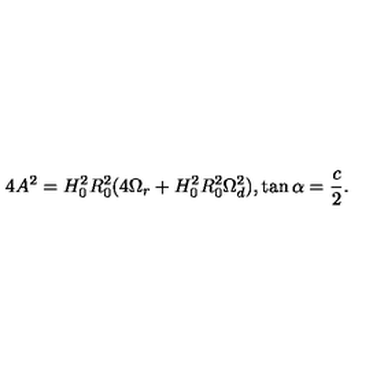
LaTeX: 4 A ^ { 2 } = H _ { 0 } ^ { 2 } R _ { 0 } ^ { 2 } ( 4 \Omega _ { r } + H _ { 0 } ^ { 2 } R _ { 0 } ^ { 2 } \Omega _ { d } ^ { 2 } ) , \tan \alpha = \frac { c } { 2 } .